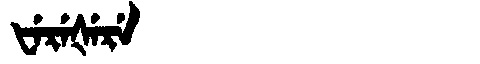
Manchu: ᡶᡝᡵᡝᡧᡝᡵᡝ
Romanization: FEREŠERE